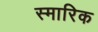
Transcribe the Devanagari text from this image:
स्मारिक